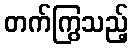
တက်ကြွသည့်